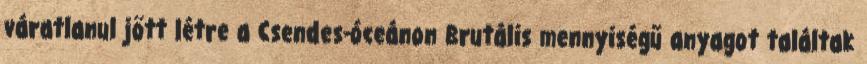
váratlanul jött létre a Csendes-óceánon Brutális mennyiségű anyagot találtak